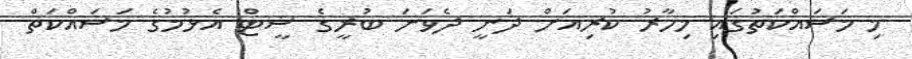
މި މަސައްކަތުގައި މިހާރު ކުރިއަށް ދަނީ ދެވަނަ ބުރީގެ ޝީޓް އެޅުމުގެ މަސައްކަތް